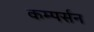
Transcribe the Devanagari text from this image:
कम्पर्सन